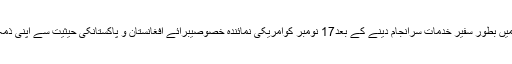
رچرڈ اولسن پاکستان میں بطور سفیر خدمات سرانجام دینے کے بعد17 نومبر کوامریکی نمائندہ خصوصیبرائے افغانستان و پاکستانکی حیثیت سے اپنی ذمہ داریاں سنبھالیں گے۔